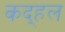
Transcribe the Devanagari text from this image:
कद्हल